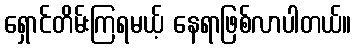
ရှောင်တိမ်းကြရမယ့် နေရာဖြစ်လာပါတယ်။